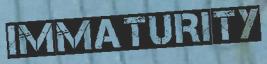
IMMATURITY